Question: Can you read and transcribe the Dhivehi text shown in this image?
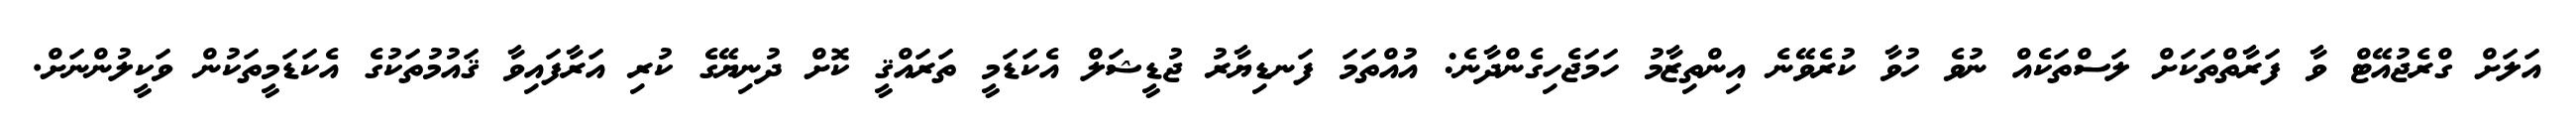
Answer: އަލަށް ގްރެޖުއޭޓް ވާ ފަރާތްތަކަށް ލަސްތަކެއް ނުވެ ހުވާ ކުރެވޭނެ އިންތިޒާމު ހަމަޖެހިގެންދާނެ: އުއްތަމަ ފަނޑިޔާރު ޖުޑީޝަލް އެކަޑަމީ ތަރައްޤީ ކޮށް ދުނިޔޭގެ ކުރި އަރާފައިވާ ޤައުމުތަކުގެ އެކަޑަމީތަކުން ވަކީލުންނަށް.